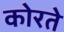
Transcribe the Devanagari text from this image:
कोरते